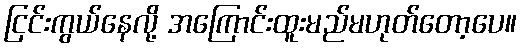
ငြင်းကွယ်နေလို့ အကြောင်းထူးမည်မဟုတ်တော့ပေ။